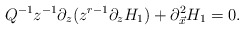
\begin{align*}Q^{-1}z^{-1}\partial_{z}(z^{r-1}\partial_z H_{1})+\partial^{2}_{\vec{x}}H_{1}=0.\end{align*}